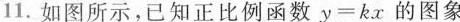
11. 如图所示，已知正比例函数$$y = k x$$的图象